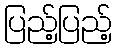
ပြည့်ပြည့်